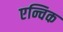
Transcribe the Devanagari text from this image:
एन्चिक